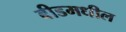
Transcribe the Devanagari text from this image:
बीडमधील